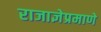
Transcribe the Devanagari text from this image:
राजाज्ञेप्रमाणे